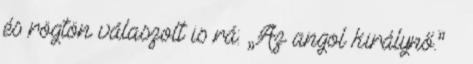
és rögtön válaszolt is rá: „Az angol királynő.” –